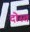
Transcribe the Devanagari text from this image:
दोस्त्त